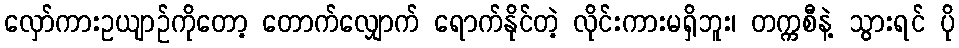
လှော်ကားဥယျာဉ်ကိုတော့ တောက်လျှောက် ရောက်နိုင်တဲ့ လိုင်းကားမရှိဘူး၊ တက္ကစီနဲ့ သွားရင် ပို